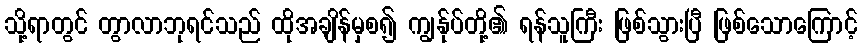
သို့ရာတွင် တွာလာဘုရင်သည် ထိုအချိန်မှစ၍ ကျွန်ုပ်တို့၏ ရန်သူကြီး ဖြစ်သွားပြီ ဖြစ်သောကြောင့်